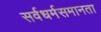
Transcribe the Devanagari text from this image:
सर्वधर्मसमानता